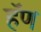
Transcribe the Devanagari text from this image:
हॅण